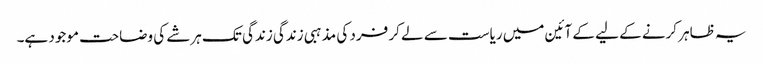
یہ ظاہر کرنے کے لیے کے آئین میں ریاست سے لے کر فرد کی مذہبی زندگی زندگی تک ہرشے کی وضاحت موجود ہے۔